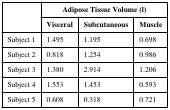
<table><thead><tr><td rowspan="2"></td><td colspan="3"><b>Adipose Tissue Volume (l)</b></td></tr><tr><td><b>Visceral</b></td><td><b>Subcutaneous</b></td><td><b>Muscle</b></td></tr></thead><tbody><tr><td>Subject 1</td><td>1.495</td><td>1.195</td><td>0.698</td></tr><tr><td>Subject 2</td><td>0.818</td><td>1.254</td><td>0.986</td></tr><tr><td>Subject 3</td><td>1.380</td><td>2.914</td><td>1.206</td></tr><tr><td>Subject 4</td><td>1.553</td><td>1.453</td><td>0.593</td></tr><tr><td>Subject 5</td><td>0.608</td><td>0.318</td><td>0.721</td></tr></tbody></table>